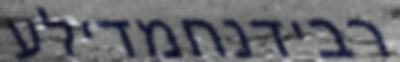
רבידנחמדילע